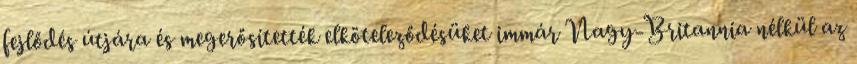
fejlődés útjára és megerősítették elköteleződésüket immár Nagy-Britannia nélkül az